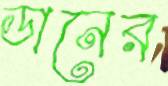
ডানের